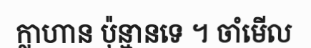
ក្លាហាន ប៉ុន្មានទេ ។ ចាំមើល